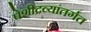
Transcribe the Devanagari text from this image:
पेशीद्रव्यांतर्गत